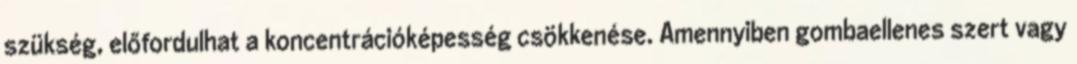
szükség, előfordulhat a koncentrációképesség csökkenése. Amennyiben gombaellenes szert vagy